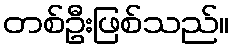
တစ်ဦးဖြစ်သည်။